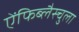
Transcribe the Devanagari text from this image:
ऐंफिब्लैस्चुला